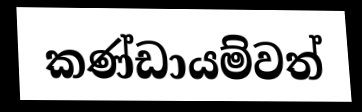
කණ්ඩායම්වත්